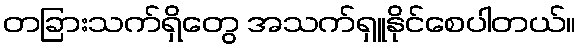
တခြားသက်ရှိတွေ အသက်ရှူနိုင်စေပါတယ်။